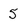
Character: 5